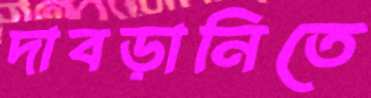
দাবড়ানিতে